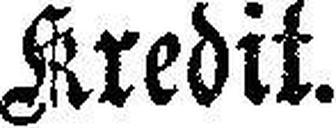
Kredit.